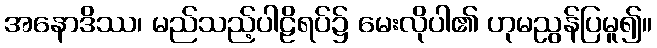
အနောဒိဿ၊ မည်သည့်ပါဠိရပ်၌ မေးလိုပါ၏ ဟုမညွန်ပြမူ၍။